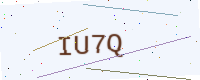
Text: IU7Q